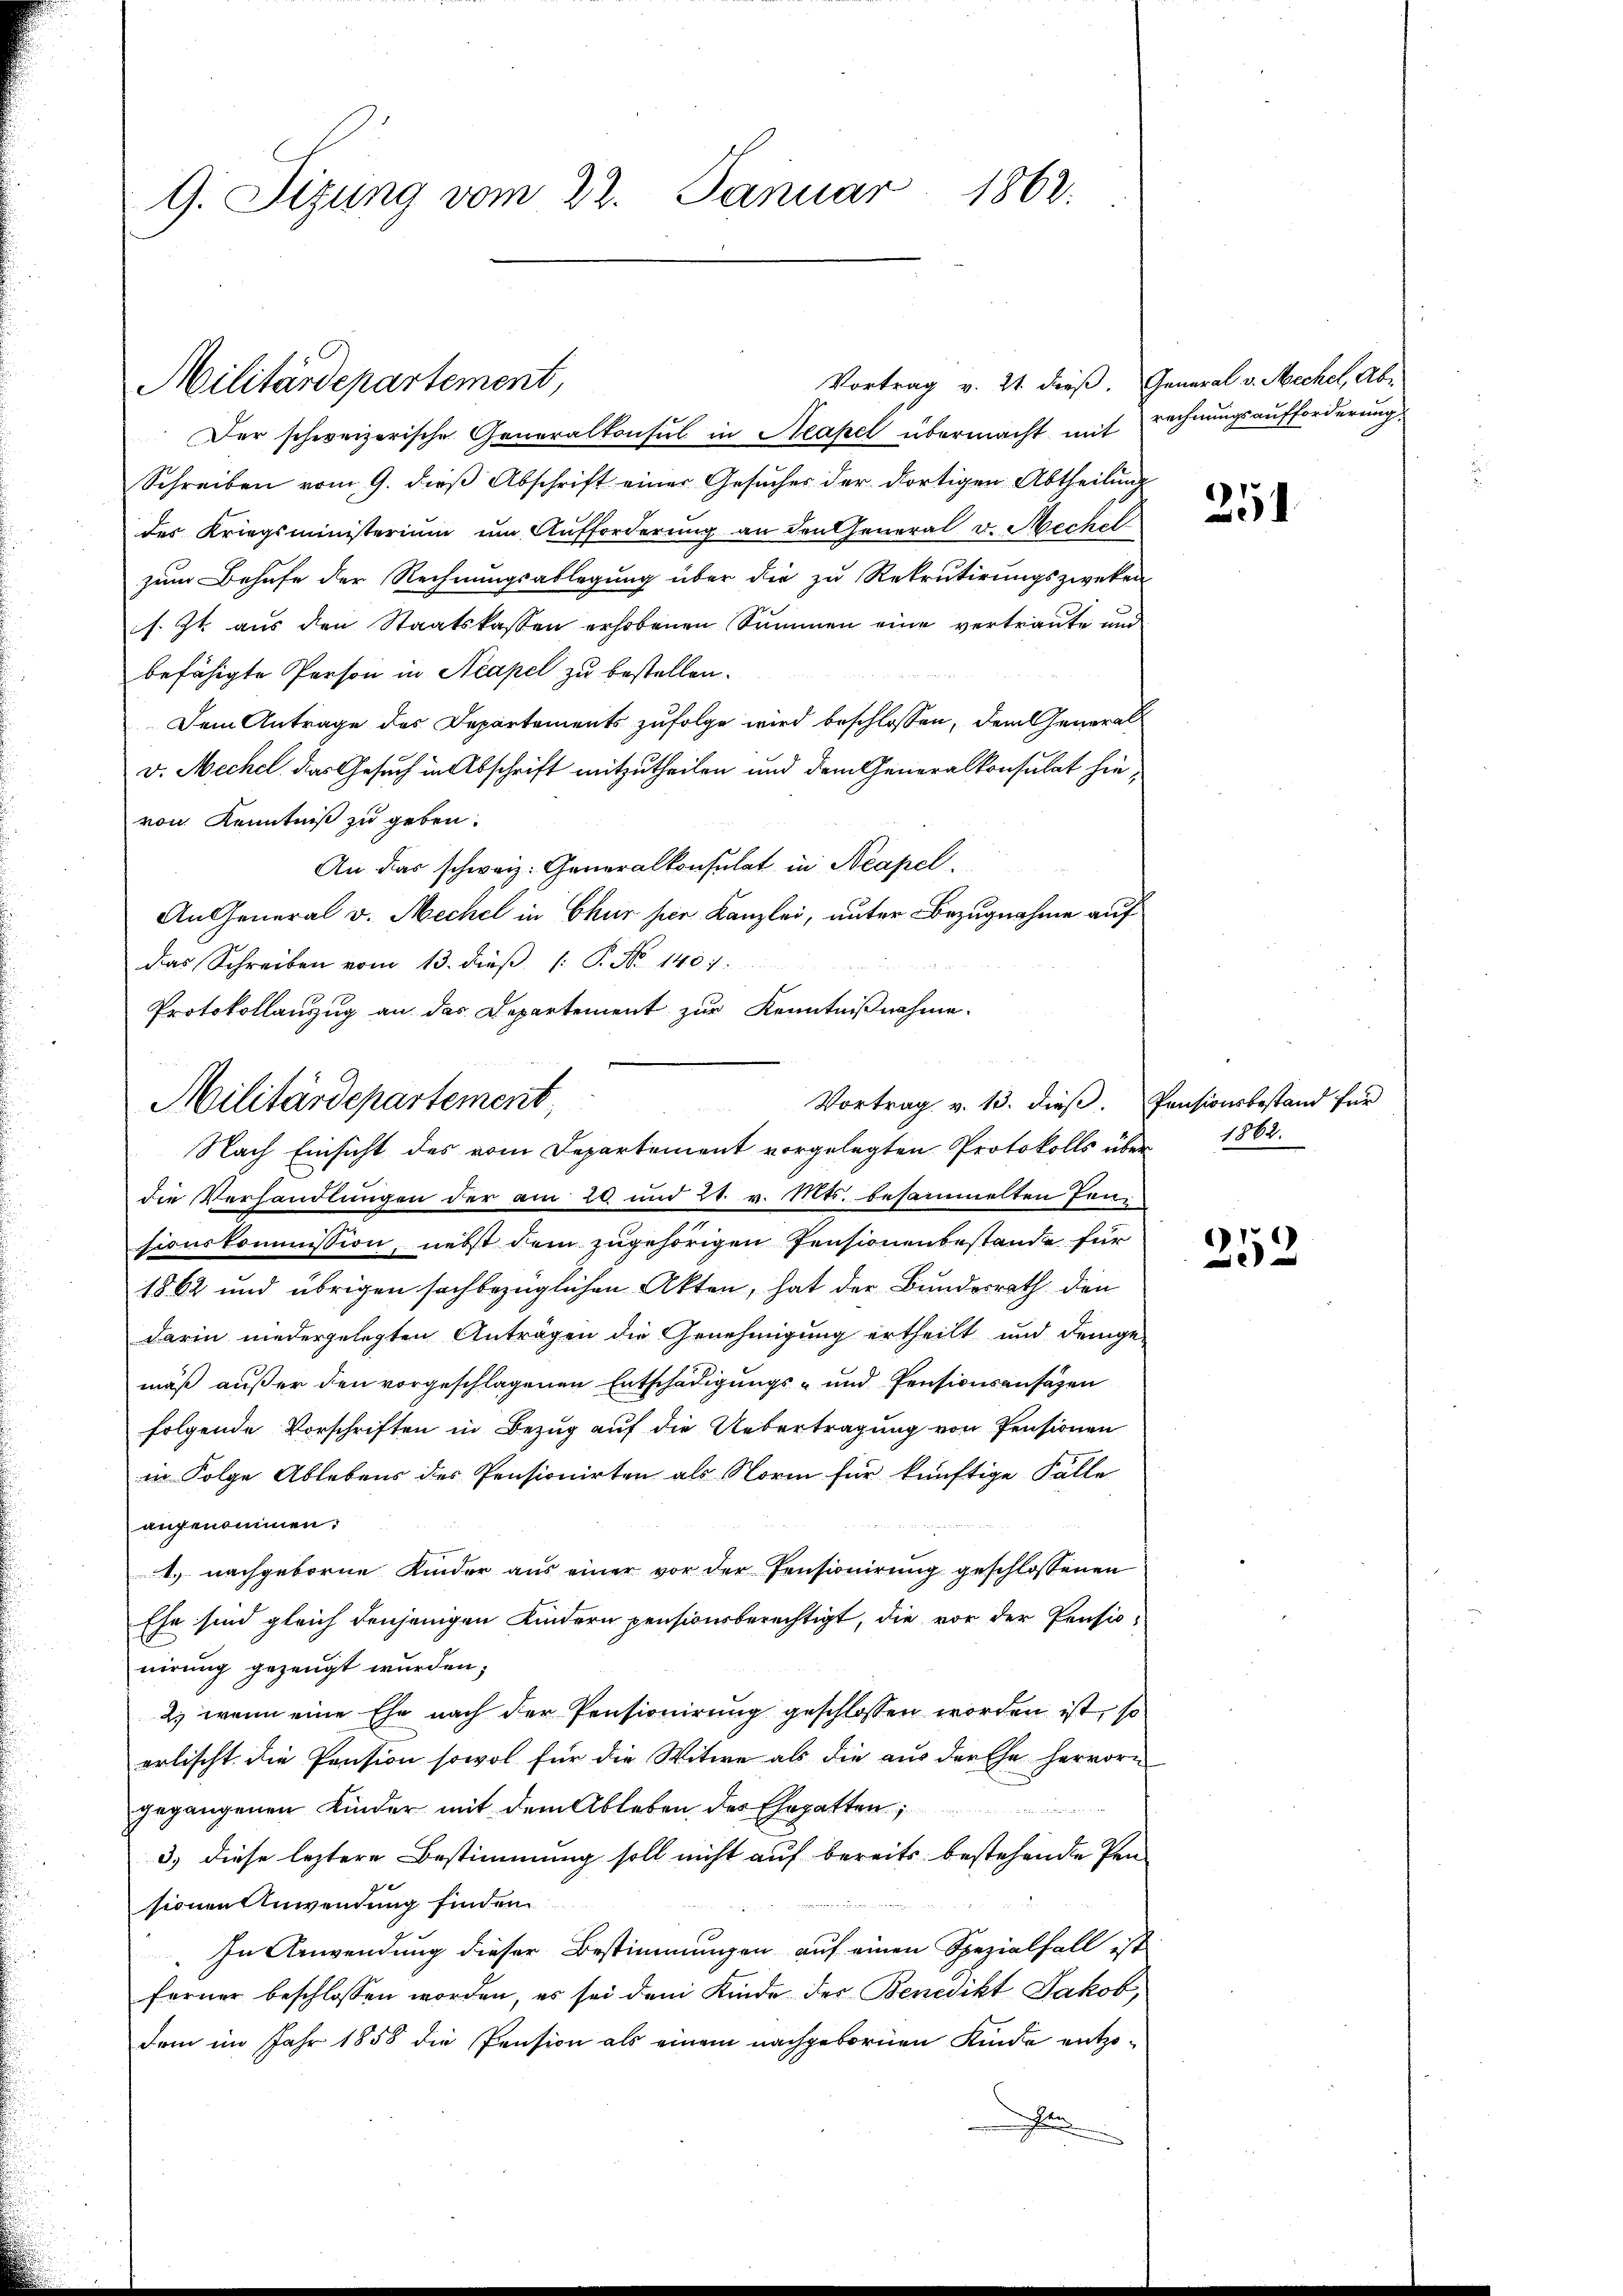
G. Sizung vom 22. Januar 1862.

Militärdepartement,

Der schweizerische Generalkonsul in Neapel übermacht mit rechnungsaufforderung
Schreiben vom 9. dieβ Abschrift einer Gesŭches der dortigen Abtheilung
des Kriegsministerium um Aufforderung an den General v. Mechel
zum Behufe der Rechnungsablegung über die zu Rekrutirungszweken
s. Zt. aŭs den Staatskassen erhobenen Summen eine vertraŭte ŭn
befähigte Person in Neapel zu bestellen.
Dem Antrage des Departements zufolge wird beschlossen, dem Generalv. Mechel das Gesuch in Abschrift mitzutheilen und dem Generalkonsulat hievon Kenntniß zu geben.
An das schweiz. Generalkonsulat in Neapel.
An General v. Mechel in Chur hier Kanzlei, unter Bezugnahme auf
das Schreiben vom 13. dβ (: P. Nr. 1407.
Protokollanzug an das Departement zur Kenntnißnahme.
die Verhandlungen der am 29 und 2. v. Mts. besammelten Jensionskommission, nebst dem zugehörigen Pensionenbestände für
1862 und übrigen sachbezüglichen Akten, hat der Bundesrath den
darin niedergelegten Anträgen die Genehmigung ertheilt und demge
mäß außer den vorgeschlagenen Entschädigungs- und Pensionsansätzen
folgende Vorschriften in Bezug auf die Uebertragung von Pensionen
in Folge Ablebens des Pensionirten als Norm für künftige Fälle
angenommen.
1.) nachgeborne Kinder aus einer vor der Pensionirung geschlossenen
Ehe sind gleich denjenigen Kindern pensionsberechtigt, die vor der Pensionirung gezeugt wurden;
2) wenn eine Ehe nach der Pensionirung geschlossen worden ist, so
erlischt. Die Pension sowol für die Witwe als die aus der Ehe hervorn
gegangenen Kinder mit dem Ableben des Ehegatten;
the eine
3) diese leztere Bestimmung soll nicht auf bereits bestehende Pen
sionen Anwendung finden.
In Anwendung dieser Bestimmungen auf einen Spezialfall ist
ferner beschlossen worden, es sei dem Kinde des Benedikt Jakob,
dem im Jahr 1858 die Pension als einem nachgebornen Kinde entzom

Vortrag v. 21. dieß. General v. Mechel, Ab-

Militärdepartement,
Nach Einsicht des vom Departement vorgelegten Protokolls über 1862.

Vortrag v. 13. dieß. Pensionsbestand für

251

252